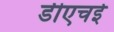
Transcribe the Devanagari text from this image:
डीएचई